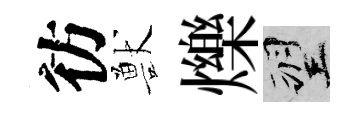
彷獸爍望